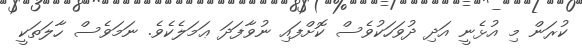
ކުރަން މި އުޅެނީ އަދި ދުވަހަކުވެސް ކޮށްފައި ނުވާފަދަ ޢަމަލެކެވެ. ނަމަވެސް ހާލަތަކީ